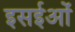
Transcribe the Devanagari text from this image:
इसईओं